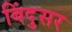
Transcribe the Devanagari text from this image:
बिंदुसर